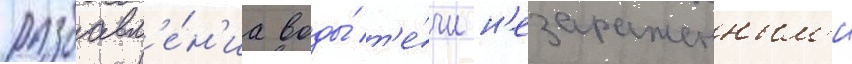
разбавл'е́н'иа воды́ т'е́чи н'езараженным'и